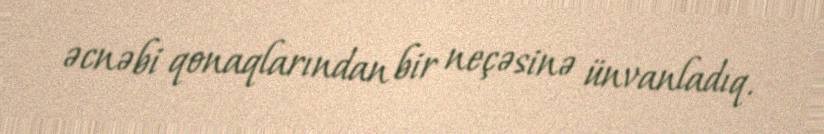
əcnəbi qonaqlarından bir neçəsinə ünvanladıq.